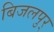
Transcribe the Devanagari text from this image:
बिजलपुर्